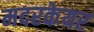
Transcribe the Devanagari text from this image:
मदरकेयर